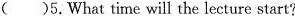
()5.What time will the lecture start?